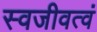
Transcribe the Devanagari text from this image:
स्वजीवत्वं